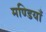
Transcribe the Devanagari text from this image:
मण्डियाँ